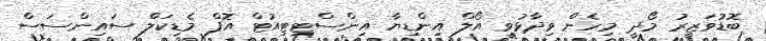
ބޮޑުވަޒީރު މޯދީ މިހެން ވިދާޅުވީ އޯލް އިންޑިޔާާ އިންސްޓިޓިއުޓް އޮފް މެޑިކަލް ސައިންސަސް